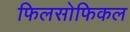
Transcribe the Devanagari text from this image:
फिलसोफिकल